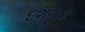
દશવાડા